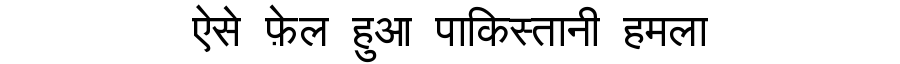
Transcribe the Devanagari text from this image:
ऐसे फ़ेल हुआ पाकिस्तानी हमला